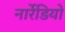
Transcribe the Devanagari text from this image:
नार्रेडियो